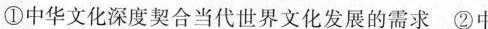
①中华文化深度契合当代世界文化发展的需求②中